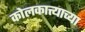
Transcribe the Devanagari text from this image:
कोलकात्त्याच्या